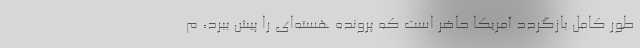
طور کامل بازگردد آمریکا حاضر است که پرونده هسته‌ای را پیش ببرد، م